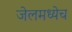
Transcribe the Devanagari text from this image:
जेलमध्येच